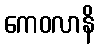
ကေဝလာနိ